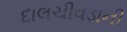
દાલચીવડાની